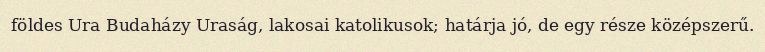
földes Ura Budaházy Uraság, lakosai katolikusok; határja jó, de egy része középszerű.